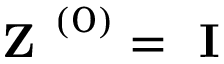
\textbf { Z } ^ { \left( 0 \right) } = \textbf { I }